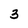
Character: 3